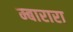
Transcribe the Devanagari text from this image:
म्बारारा